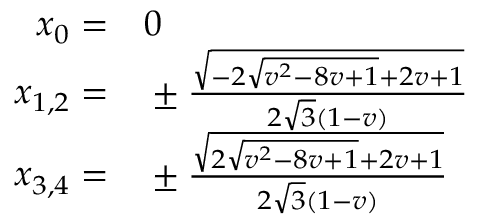
\begin{array} { r l } { x _ { 0 } = } & { { } 0 } \\ { x _ { 1 , 2 } = } & { { } \pm \frac { \sqrt { - 2 \sqrt { v ^ { 2 } - 8 v + 1 } + 2 v + 1 } } { 2 \sqrt { 3 } ( 1 - v ) } } \\ { x _ { 3 , 4 } = } & { { } \pm \frac { \sqrt { 2 \sqrt { v ^ { 2 } - 8 v + 1 } + 2 v + 1 } } { 2 \sqrt { 3 } ( 1 - v ) } } \end{array}